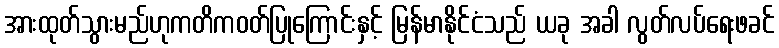
အားထုတ်သွားမည်ဟုကတိကဝတ်ပြုကြောင်းနှင့် မြန်မာနိုင်ငံသည် ယခု အခါ လွတ်လပ်ရေးဖခင်